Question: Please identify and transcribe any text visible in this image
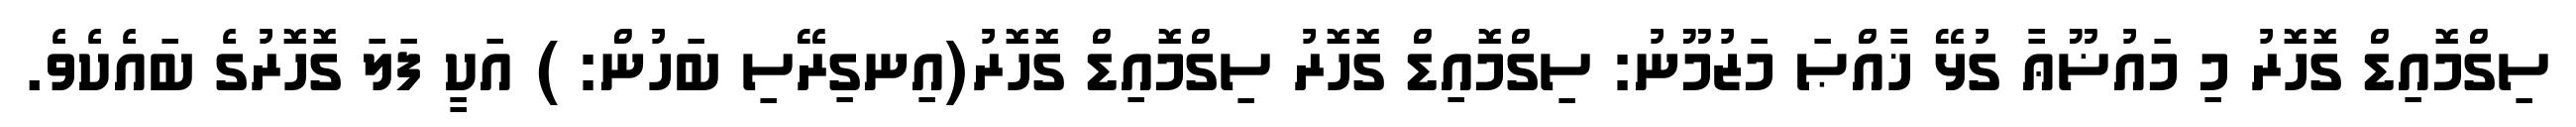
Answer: ސިގްމޮއިޑް ގޮހޮރު މި މައުޟޫޢާ ގުޅޭ ޚާއްޞަ މަޒުމޫނު: ސިގްމޮއިޑް ގޮހޮރު ސިގްމޮއިޑް ގޮހޮރު(އިނގިރޭސި ބަހުން: ) އަކީ ފަލަ ގޮހޮރުގެ ބައެކެވެ.